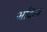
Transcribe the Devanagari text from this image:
अदित्य